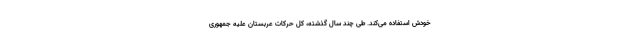
خودش استفاده می‌کند. طی چند سال گذشته، کل حرکات عربستان علیه جمهوری